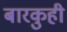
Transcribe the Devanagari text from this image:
बारकुही